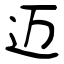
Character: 迈